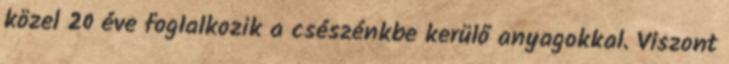
közel 20 éve foglalkozik a csészénkbe kerülő anyagokkal. Viszont